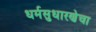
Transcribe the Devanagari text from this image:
धर्मसुधारणेचा